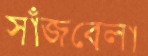
সাঁজবেলা